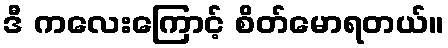
ဒီ ကလေးကြောင့် စိတ်မောရတယ်။